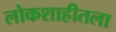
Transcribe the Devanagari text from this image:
लोकशाहीतला